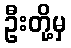
ဦးတို့မှ